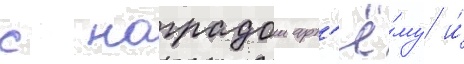
с наградои арт'ё́му и́